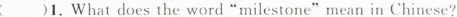
( )1. What does the word "milestone" mean in Chinese?